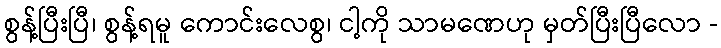
စွန့်ပြီးပြီ၊ စွန့်ရမူ ကောင်းလေစွ၊ ငါ့ကို သာမဏေဟု မှတ်ပြီးပြီလော -